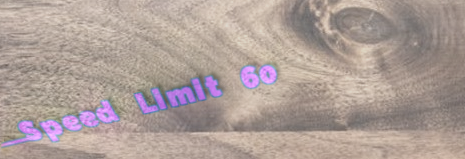
Speed Limit 60